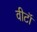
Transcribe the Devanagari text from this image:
वीटॉ